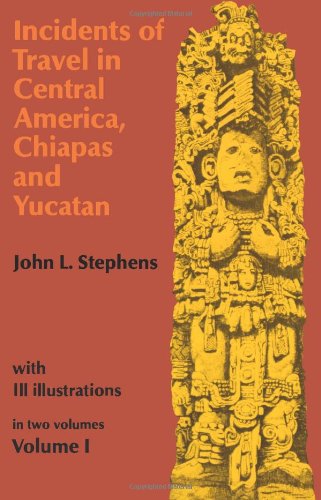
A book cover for Incidents of Travel in Central America, Chiapas, and Yucatan, Volume I (Incidents of Travel in Central America, Chiapas & Yucatan); John L. Stephens; History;